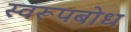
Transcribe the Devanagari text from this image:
स्वरूपबोध